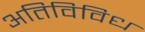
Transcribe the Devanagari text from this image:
अतिविविध